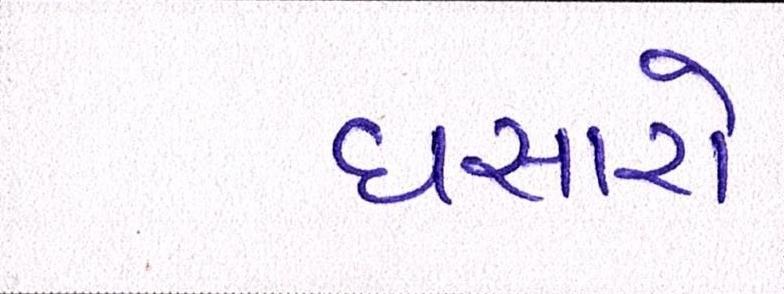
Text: ઘસારો